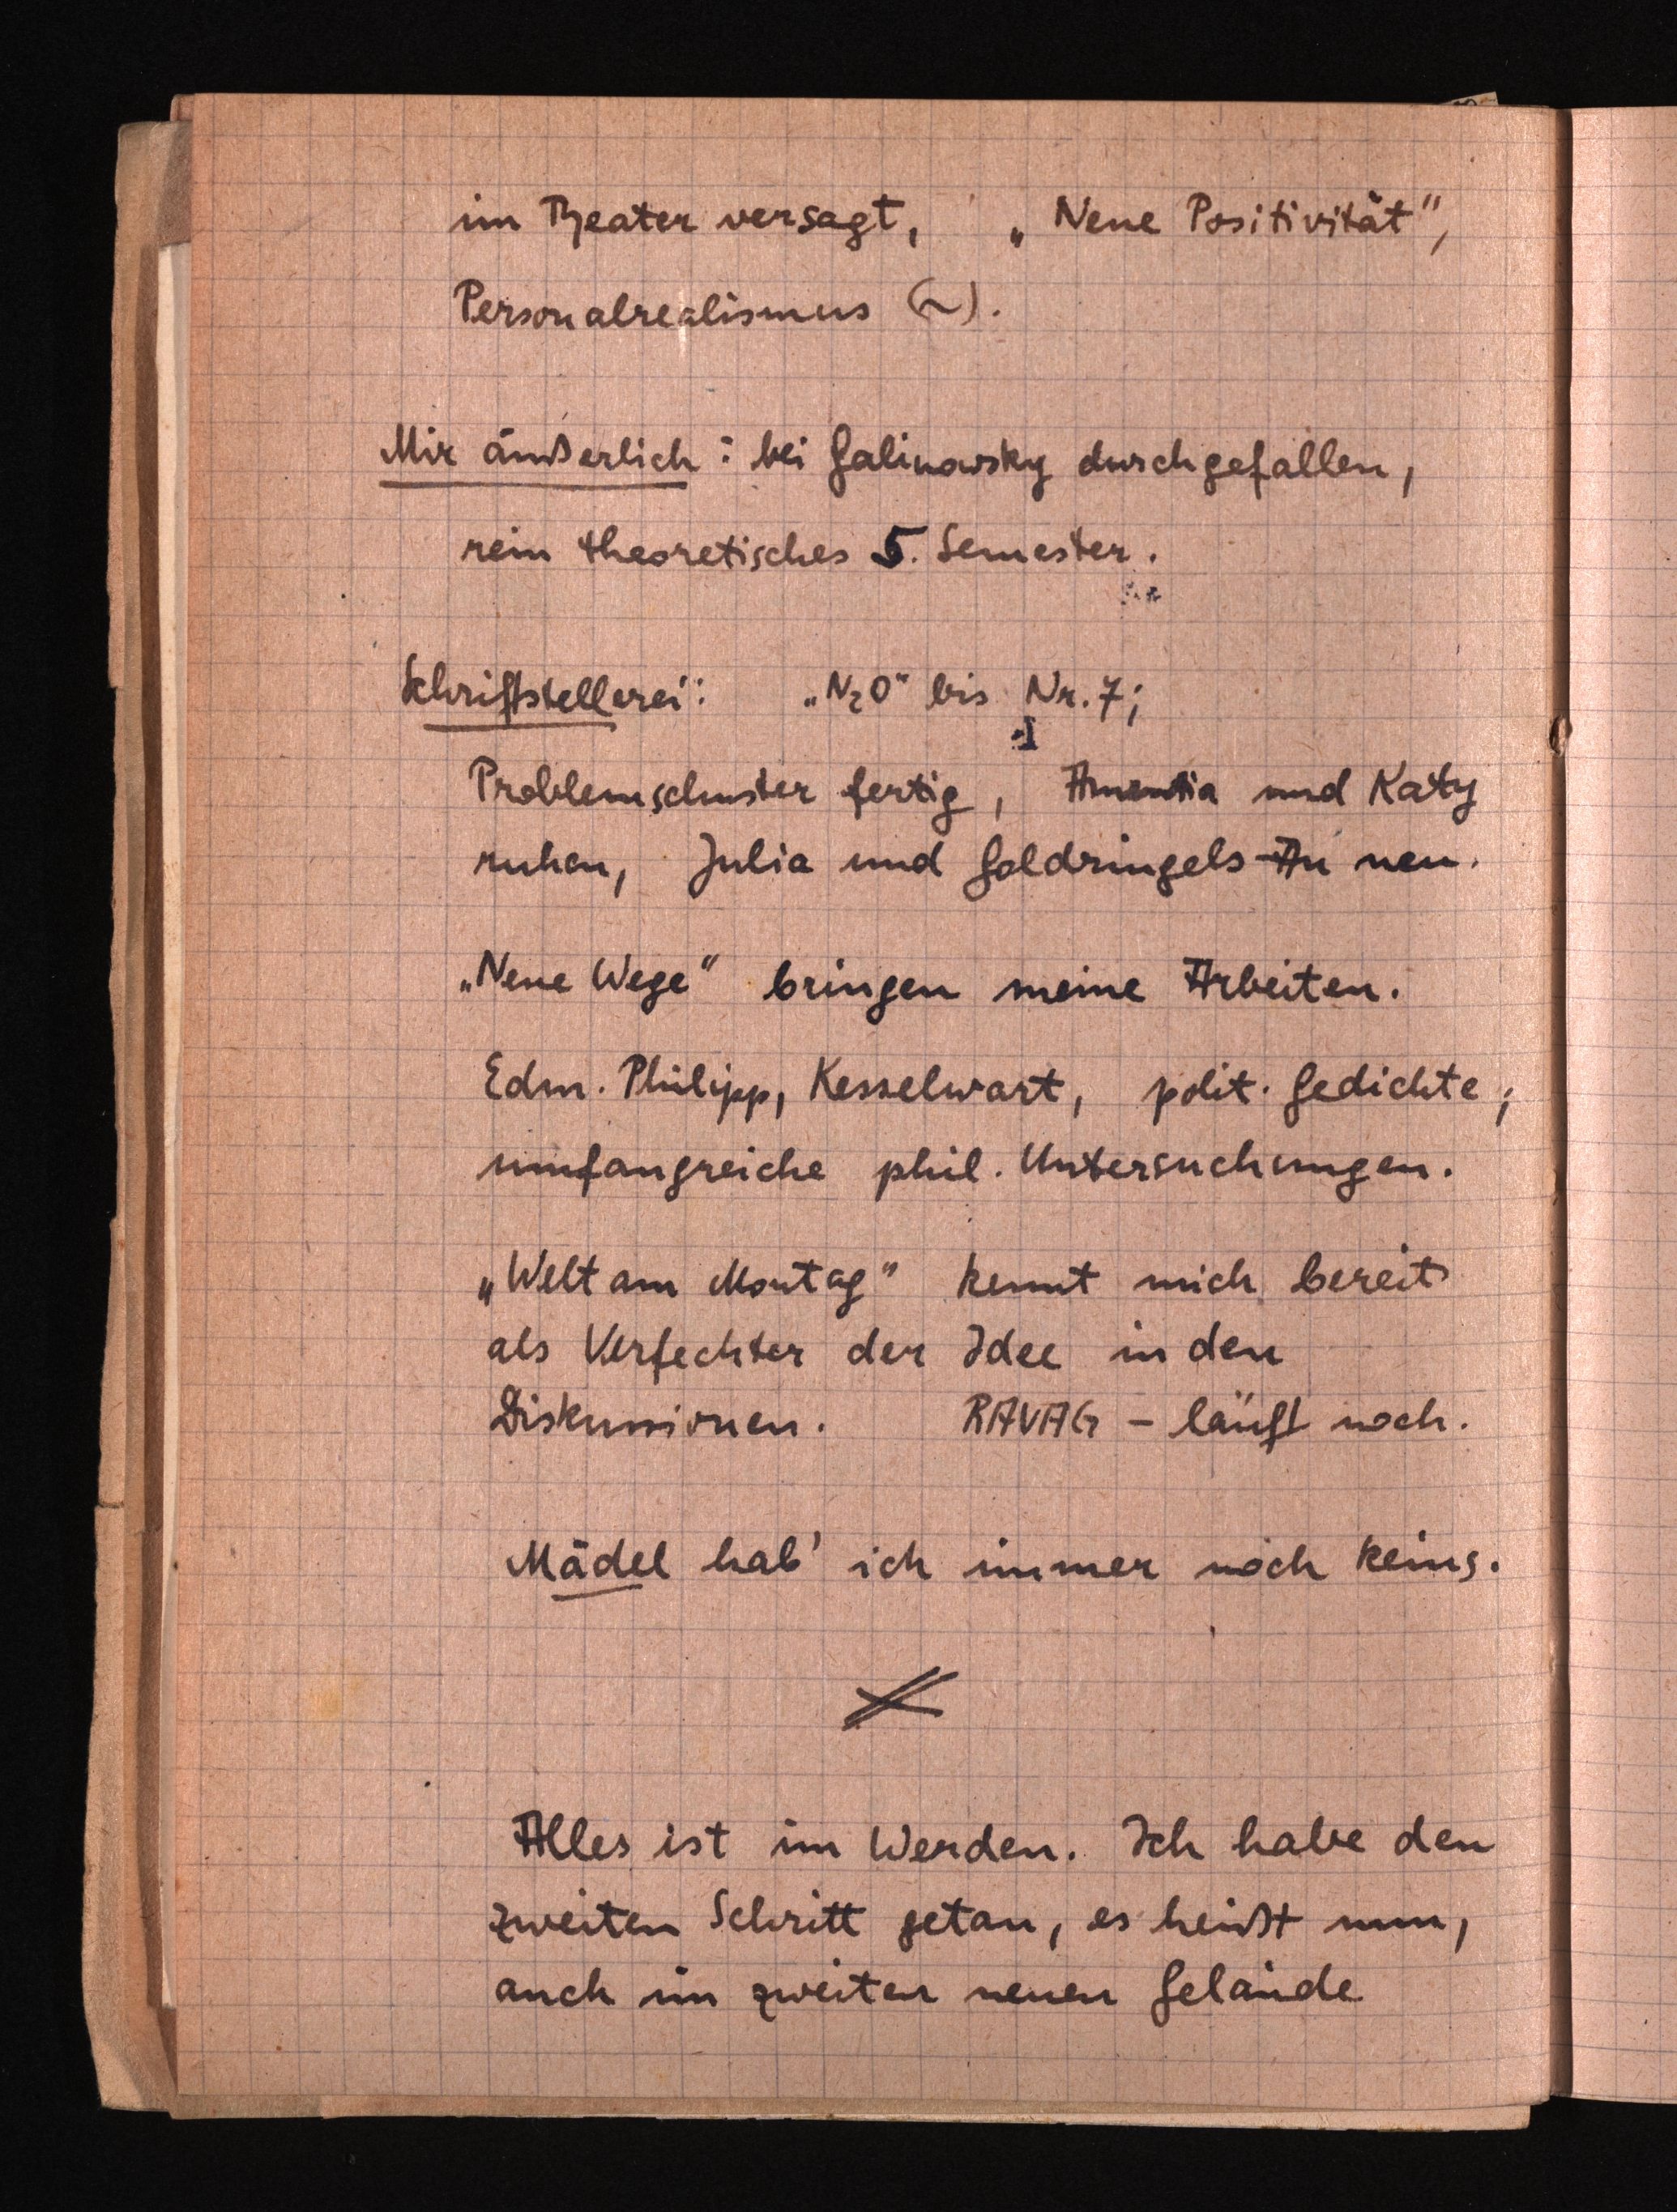
im Theater versagt, "Neue Positivität",
Personalrealismus (~).
Mir äußerlich: bei Galinowsky durchgefallen,
rein theoretisches 5.Semester.
Schriftstellerei: "N2O" bisNr. 7;
Problemschuster fertig, Amantia undKaty
ruhen, Julia und Goldringels-Au neu.
"Neue Wege" bringen meine Arbeiten.
Edm. Philipp, Kesselwart, polit.Gedichte;
umfangreiche phil. Untersuchungen.
"Welt am Montag" kennt mich bereits
als Verfechter der Idee in den
Diskussionen. RAVAG - läuft noch.
Mädel hab' ich immer noch keins.
Alles ist im Werden. Ich habe den
zweiten Schritt getan, es heißt nun,
auch im zweiten neuen Gelände